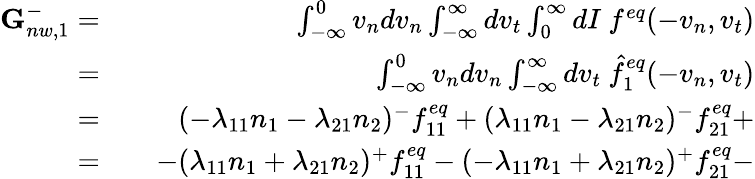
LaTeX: \begin{array}{rlr}{\textbf{G}_{nw,1}^{-}=}&{{}}&{\int_{-\infty}^{0}v_{n}dv_{n}\int_{-\infty}^{\infty}dv_{t}\int_{0}^{\infty}dI\ f^{eq}(-v_{n},v_{t})}\\ {=}&{{}}&{\int_{-\infty}^{0}v_{n}dv_{n}\int_{-\infty}^{\infty}dv_{t}\ \hat{f}_{1}^{eq}(-v_{n},v_{t})}\\ {=}&{{}}&{(-\lambda_{11}n_{1}-\lambda_{21}n_{2})^{-}f_{11}^{eq}+(\lambda_{11}n_{1}-\lambda_{21}n_{2})^{-}f_{21}^{eq}+}\\ {=}&{{}}&{-(\lambda_{11}n_{1}+\lambda_{21}n_{2})^{+}f_{11}^{eq}-(-\lambda_{11}n_{1}+\lambda_{21}n_{2})^{+}f_{21}^{eq}-}\end{array}